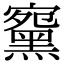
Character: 䵫